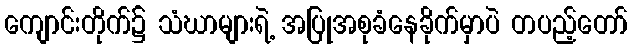
ကျောင်းတိုက်၌ သံဃာများရဲ့ အပြုအစုခံနေခိုက်မှာပဲ တပည့်တော်